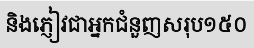
និងភ្ញៀវជាអ្នកជំនួញសរុប១៥០